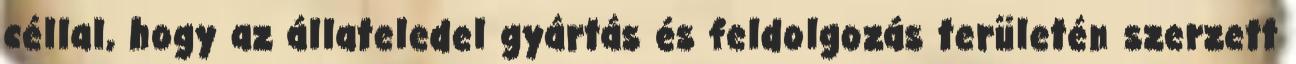
céllal, hogy az állateledel gyártás és feldolgozás területén szerzett